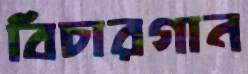
বিচারগান